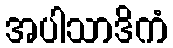
အပါသာဒိကံ